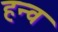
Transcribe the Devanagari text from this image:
हन्व